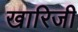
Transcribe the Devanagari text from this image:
खारिजी